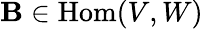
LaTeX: \mathbf{B}\in{\mathrm{{Hom}}}(V,W)